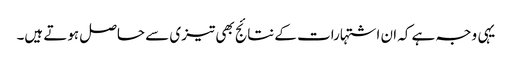
یہی وجہ ہے کہ ان اشتہارات کے نتائج بھی تیزی سے حاصل ہوتے ہیں۔